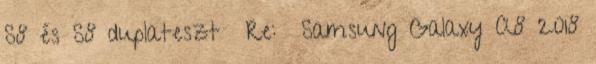
S8 és S8 duplateszt Re: Samsung Galaxy A8 2018